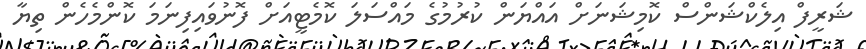
ޝަރީފް އިލެކްޝަންސް ކޮމިޝަނަށް އައްޔަން ކުރުމުގެ މައްސަލަ ކޮމެޓީއަށް ފޮނުވައިފިނަމަ ކޮންމެހެން ތިޔާ